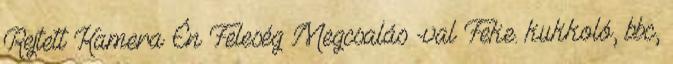
Rejtett Kamera Én Feleség Megcsalás -val Feke. kukkoló, bbc,